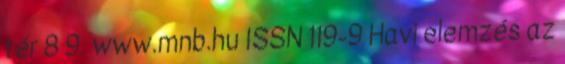
tér 8 9. www.mnb.hu ISSN 119-9 Havi elemzés az